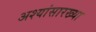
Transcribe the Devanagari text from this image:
अश्यांसारख्या